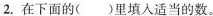
2.在下面的( )里填入适当的数。